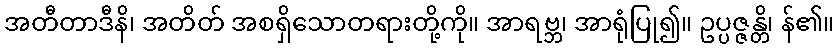
အတီတာဒီနိ၊ အတိတ် အစရှိသောတရားတို့ကို။ အာရဗ္ဘ၊ အာရုံပြု၍။ ဥပ္ပဇ္ဇန္တိ၊ န်၏။